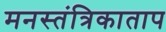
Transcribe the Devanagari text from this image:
मनस्तंत्रिकाताप